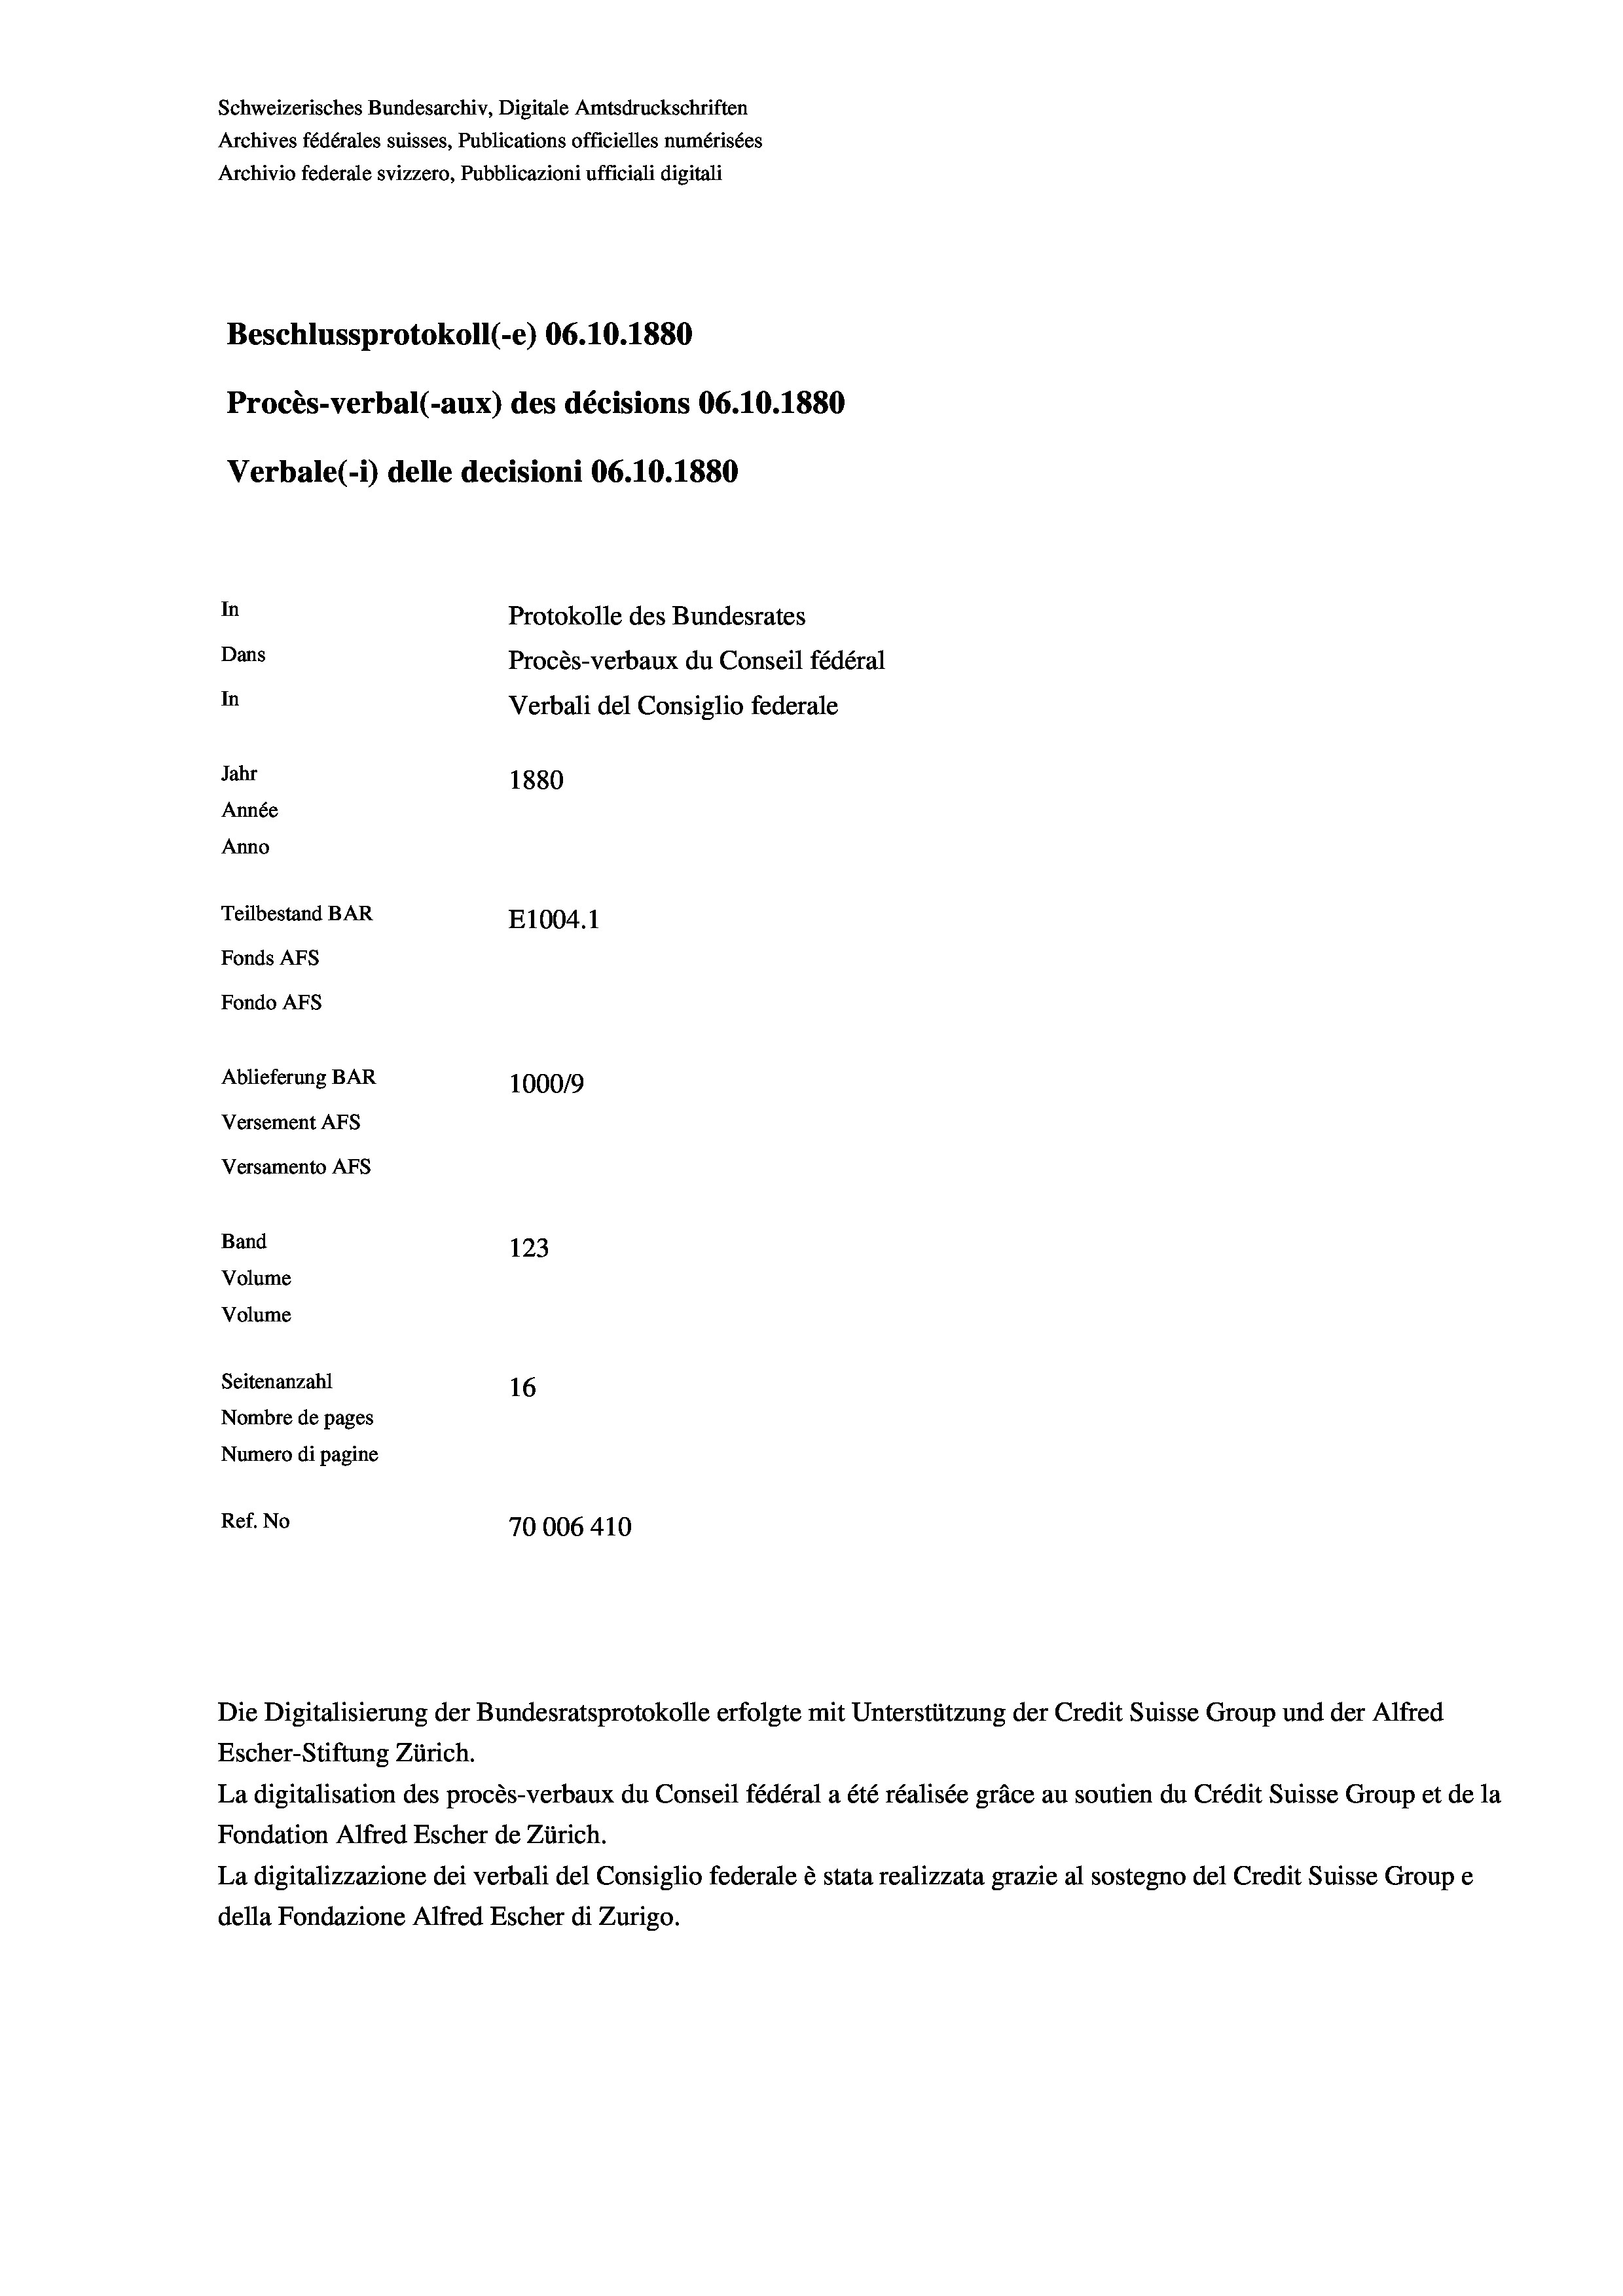
Schweizerisches Bundesarchiv, Digitale Amtsdruckschriften
Archives fédérales suisses, Publications officielles numérisées
Archivio federale svizzero, Pubblicazioni ufficiali digitali
Beschlussprotokoll (-e) 06.10.1880
Procès-verbal (-aux) des décisions 06.10.1880
Verbale (i) delle decisioni 06.10.1880
In
Protokolle des Bundesrates
Dans
In
Jahr
1880
Année
Anno
Teilbestand BAR
E1004. 1
Fonds Afs
Fondo AFs
Ablieferung BAR
1000/9
Versement Abs
Versamento AFs
Band
123
Volume
Volume

Seitenanzahl
16
Nombre de pages
Numero di pagine
Ref. No
70006 410

Procès-verbaux du Conseil fédéral
Verbali del Consiglio federale

Escher-Stiftung Zürich.
La digitalisation des procès-verbaux du Conseil fédéral a été réalisée gräce au soutien du Crédit Suisse Group et de la
Fondation Alfred Escher de Zürich.
La digitalizzazione dei verbali del Consiglio federale è stata realizzata grazie al sostegno del Credit Suisse Groupe
della Fondazione Alfred Escher di Zurigo.

Die Digitalisierung der Bundesratsprotokolle erfolgte mit Unterstützung der Credit Suisse Group und der Alfred